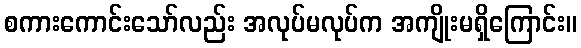
စကားကောင်းသော်လည်း အလုပ်မလုပ်က အကျိုးမရှိကြောင်း။